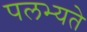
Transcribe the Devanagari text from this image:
पलभ्यते